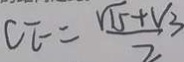
C E = \frac { \sqrt { 1 5 } + V _ { 3 } } { 2 }